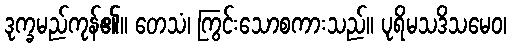
ဒုက္ခမည်ကုန်၏။ တေသံ၊ ကြွင်းသောစကားသည်။ ပုရိမသဒိသမေဝ၊